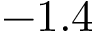
- 1 . 4